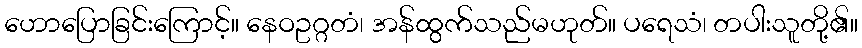
ဟောပြောခြင်းကြောင့်။ နေဝဥဂ္ဂတံ၊ အန်ထွက်သည်မဟုတ်။ ပရေသံ၊ တပါးသူတို့၏။